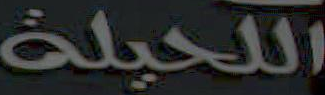
الكحيلة